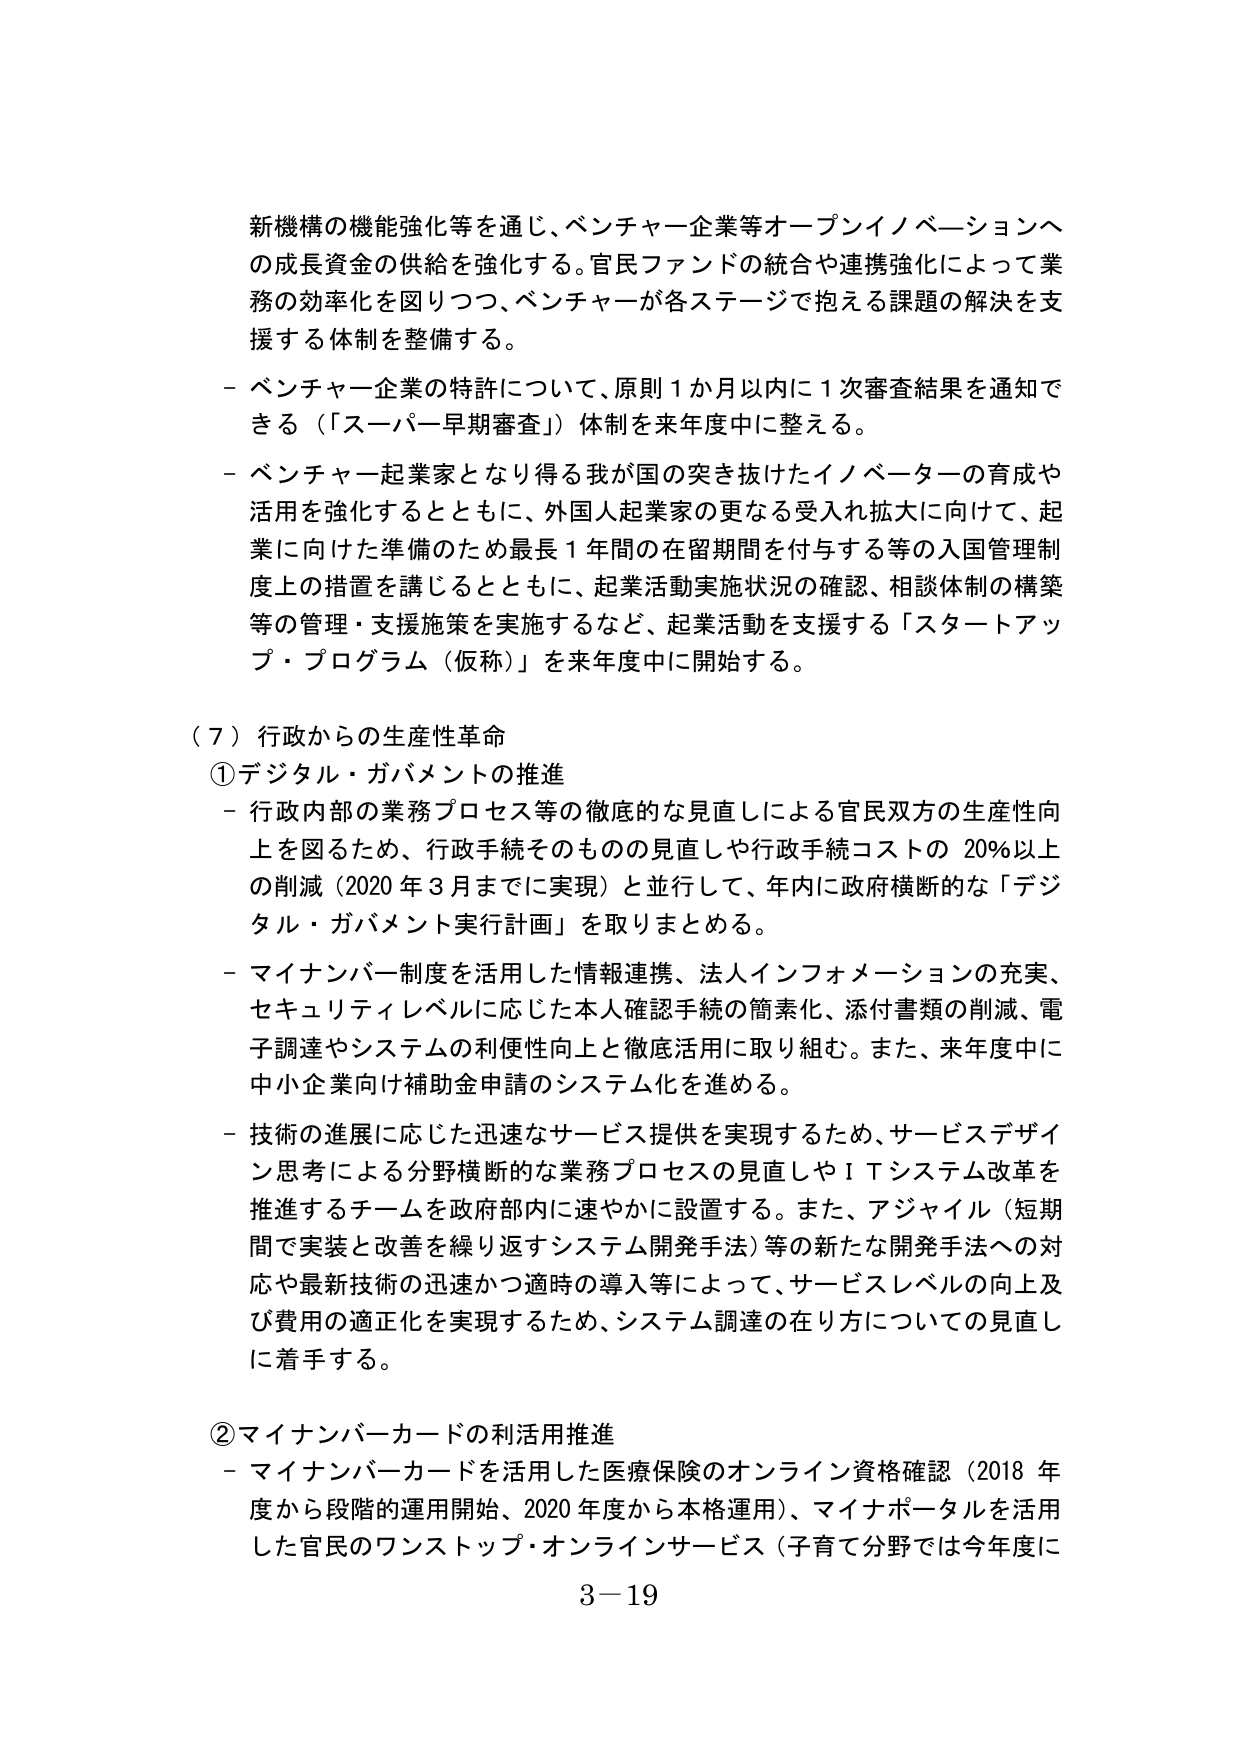
新機構の機能強化等を通り、ベンチャー企業等オープンイノベーションへの成長資金の供給を強化する。官民ファンドの統合や連携強化によって業務の効率化を図りつつ、ベンチャーが各ステージで抱える課題の解決を支援する体制を整備する。

- ベンチャー企業の特許について、原則１か月以内に１次審査結果を通知できる（「スーパー早期審査」）体制を来年度中に整える。

- ベンチャー起業家となり得る我が国の突き抜けたイノベーターの育成や活用を強化するとともに、外国人起業家の更なる受入れ拡大に向けて、起業に向けた準備のため最長１年間の在留期間を付与する等の入国管理制度上の措置を講じるとともに、起業活動実施状況の確認、相談体制の構築等の管理・支援施策を実施するなど、起業活動を支援する「スタートアップ・プログラム（仮称）」を来年度中に開始する。

（７）行政からの生産性革命

①デジタル・ガバメントの推進

- 行政内部の業務プロセス等の徹底的な見直しによる官民双方の生産性向上を図るため、行政手続そのものの見直しや行政手続コストの20％以上の削減（2020年3月までに実現）と並行して、年内に政府横断的な「デジタル・ガバメント実行計画」を取りまとめる。

- マイナンバー制度を活用した情報連携、法人インフォメーションの充実、セキュリティレベルに応じた本人確認手続の簡素化、添付書類の削減、電子調達やシステムの利便性向上と徹底活用に取り組む。また、来年度中に中小企業向け補助金申請のシステム化を進める。

- 技術の進展に応じた迅速なサービス提供を実現するため、サービスデザイン思考による分野横断的な業務プロセスの見直しやＩＴシステム改革を推進するチームを政府部内に速やかに設置する。また、アジャイル（短期間で実装と改善を繰り返すシステム開発手法）等の新たな開発手法への対応や最新技術の迅速かつ適時の導入等によって、サービスレベルの向上及び費用の適正化を実現するため、システム調達の在り方についての見直しに着手する。

②マイナンバーカードの利活用推進

- マイナンバーカードを活用した医療保険のオンライン資格確認（2018年度から段階的運用開始、2020年度から本格運用）、マイナポータルを活用した官民のワンストップ・オンラインサービス（子育て分野では今年度に

3－19